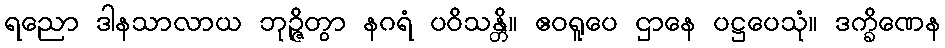
ရညော ဒါနသာလာယ ဘုဉ္ဇိတွာ နဂရံ ပဝိသန္တိ။ ဧဝရူပေ ဌာနေ ပဋ္ဌပေသုံ။ ဒက္ခိဏေန